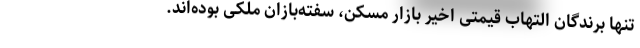
تنها برندگان التهاب قیمتی اخیر بازار مسکن، سفته‌بازان ملکی بوده‌اند.